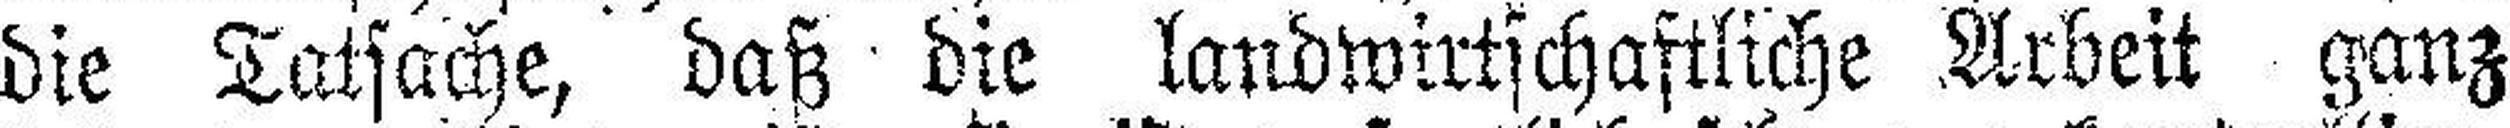
die Tatsache, daß die landwirtschaftliche Arbeit ganz